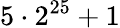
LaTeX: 5\cdot 2^{25}+1